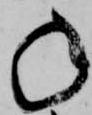
年